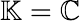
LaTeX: \mathbb{K}=\mathbb{C}